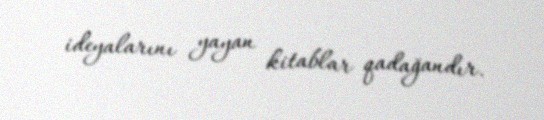
ideyalarını yayan kitablar qadağandır.